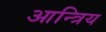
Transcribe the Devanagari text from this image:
आन्त्रिय